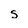
Character: s